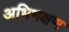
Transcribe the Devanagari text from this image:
अभिभक्षण